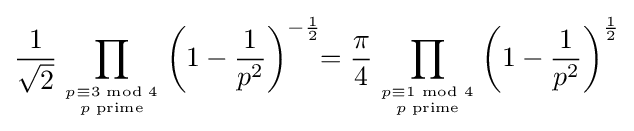
{\frac {1}{\sqrt {2}}}\prod _{{p\equiv 3{\text{ mod }}4} \atop p\;{\rm {prime}}}{\left(1-{\frac {1}{p^{2}}}\right)^{-{\frac {1}{2}}}}\!\!={\frac {\pi }{4}}\prod _{{p\equiv 1{\text{ mod }}4} \atop p\;{\rm {prime}}}{\left(1-{\frac {1}{p^{2}}}\right)^{\frac {1}{2}}}